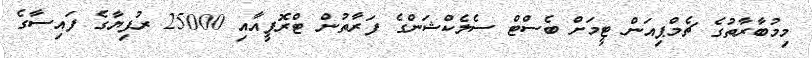
މިމުބާރާތުގެ ޗެމްޕިއަން ޓީމަށް ބެސްޓް ސެލެކްޝަންގެ ފަރާތުން ޓްރޮފީއާއި 25000 ރުފިޔާގެ ފައިސާގެ